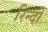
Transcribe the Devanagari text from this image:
रिन्दों